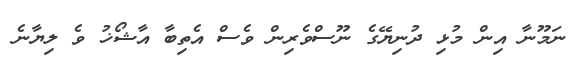
ނަމޫނާ އިން މުޅި ދުނިޔޭގެ ނޫސްވެރިން ވެސް އެތިބާ އާޝޯޚު ވެ ލިޔާނެ